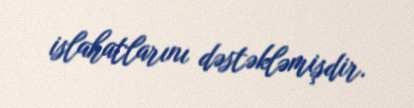
islahatlarını dəstəkləmişdir.